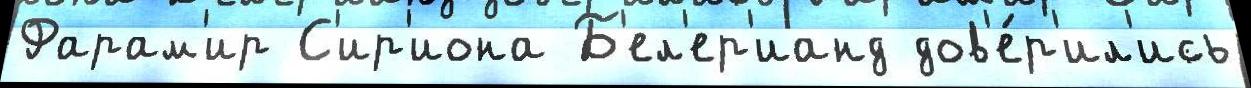
Фарам'ир С'ир'иона Б'ел'ер'ианд дов'е́р'ил'ись